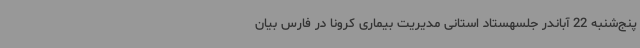
پنج‌شنبه 22 آباندر جلسهستاد استانی مدیریت بیماری کرونا در فارس بیان